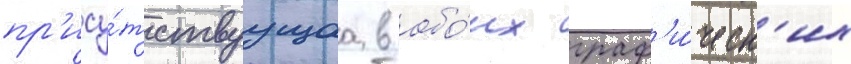
пр'ису́тствуущаа в обо́их граф'и́ческ'их